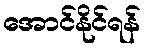
အောင်နိုင်ရန်